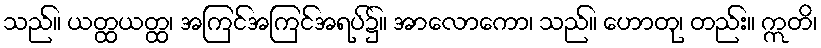
သည်။ ယတ္ထယတ္ထ၊ အကြင်အကြင်အရပ်၌။ အာလောကော၊ သည်။ ဟောတု၊ တည်း။ ဣတိ၊